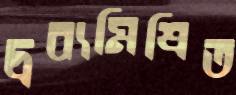
দ্রব্যমিশ্রিত